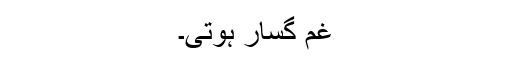
غم گسار ہوتی۔